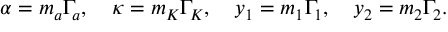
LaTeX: \alpha = m _ { a } \Gamma _ { a } , \quad \kappa = m _ { K } \Gamma _ { K } , \quad y _ { 1 } = m _ { 1 } \Gamma _ { 1 } , \quad y _ { 2 } = m _ { 2 } \Gamma _ { 2 } .